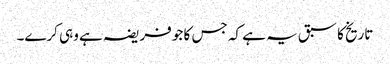
تاریخ کا سبق یہ ہے کہ جس کا جو فریضہ ہے وہی کرے۔